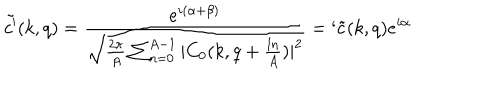
\tilde { c ^ { \prime } } ( k , q ) = \frac { e ^ { i ( \alpha + \beta ) } } { \sqrt { \frac { 2 \pi } { A } \sum _ { n = 0 } ^ { A - 1 } | C _ { 0 } ( k , q + \frac { l n } { A } ) | ^ { 2 } } } = ` \tilde { c } ( k , q ) e ^ { i \alpha }